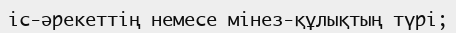
іс-әрекеттің немесе мінез-құлықтың түрі;